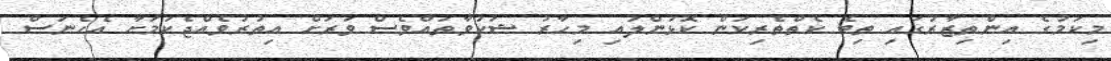
މިކަމުގެ އިންތިޒާރުގައި ތިބެ ކެތްތެރިކަން ކޮޅުންލައި މިހާރު ޝަކުވާތައްވެސް ވަރަށް އިތުރުވެއްޖެކަމަށާ އެހެނަސް